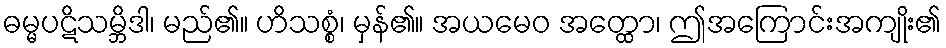
ဓမ္မပဋိသမ္ဘိဒါ၊ မည်၏။ ဟိသစ္စံ၊ မှန်၏။ အယမေဝ အတ္ထော၊ ဤအကြောင်းအကျိုး၏